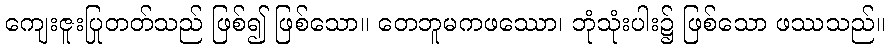
ကျေးဇူးပြုတတ်သည် ဖြစ်၍ ဖြစ်သော။ တေဘူမကဖဿော၊ ဘုံသုံးပါး၌ ဖြစ်သော ဖဿသည်။